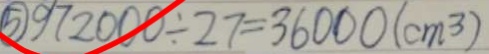
\textcircled { 5 } 9 7 2 0 0 0 \div 2 7 = 3 6 0 0 0 ( c m ^ { 3 } )